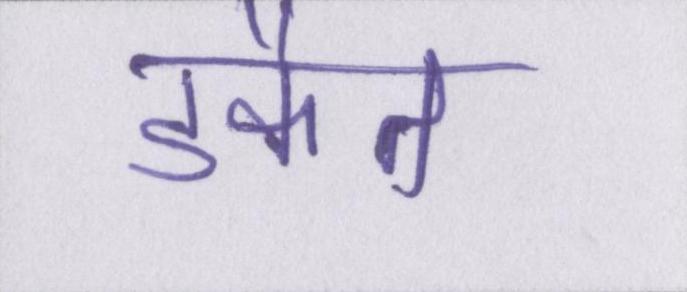
डकैत